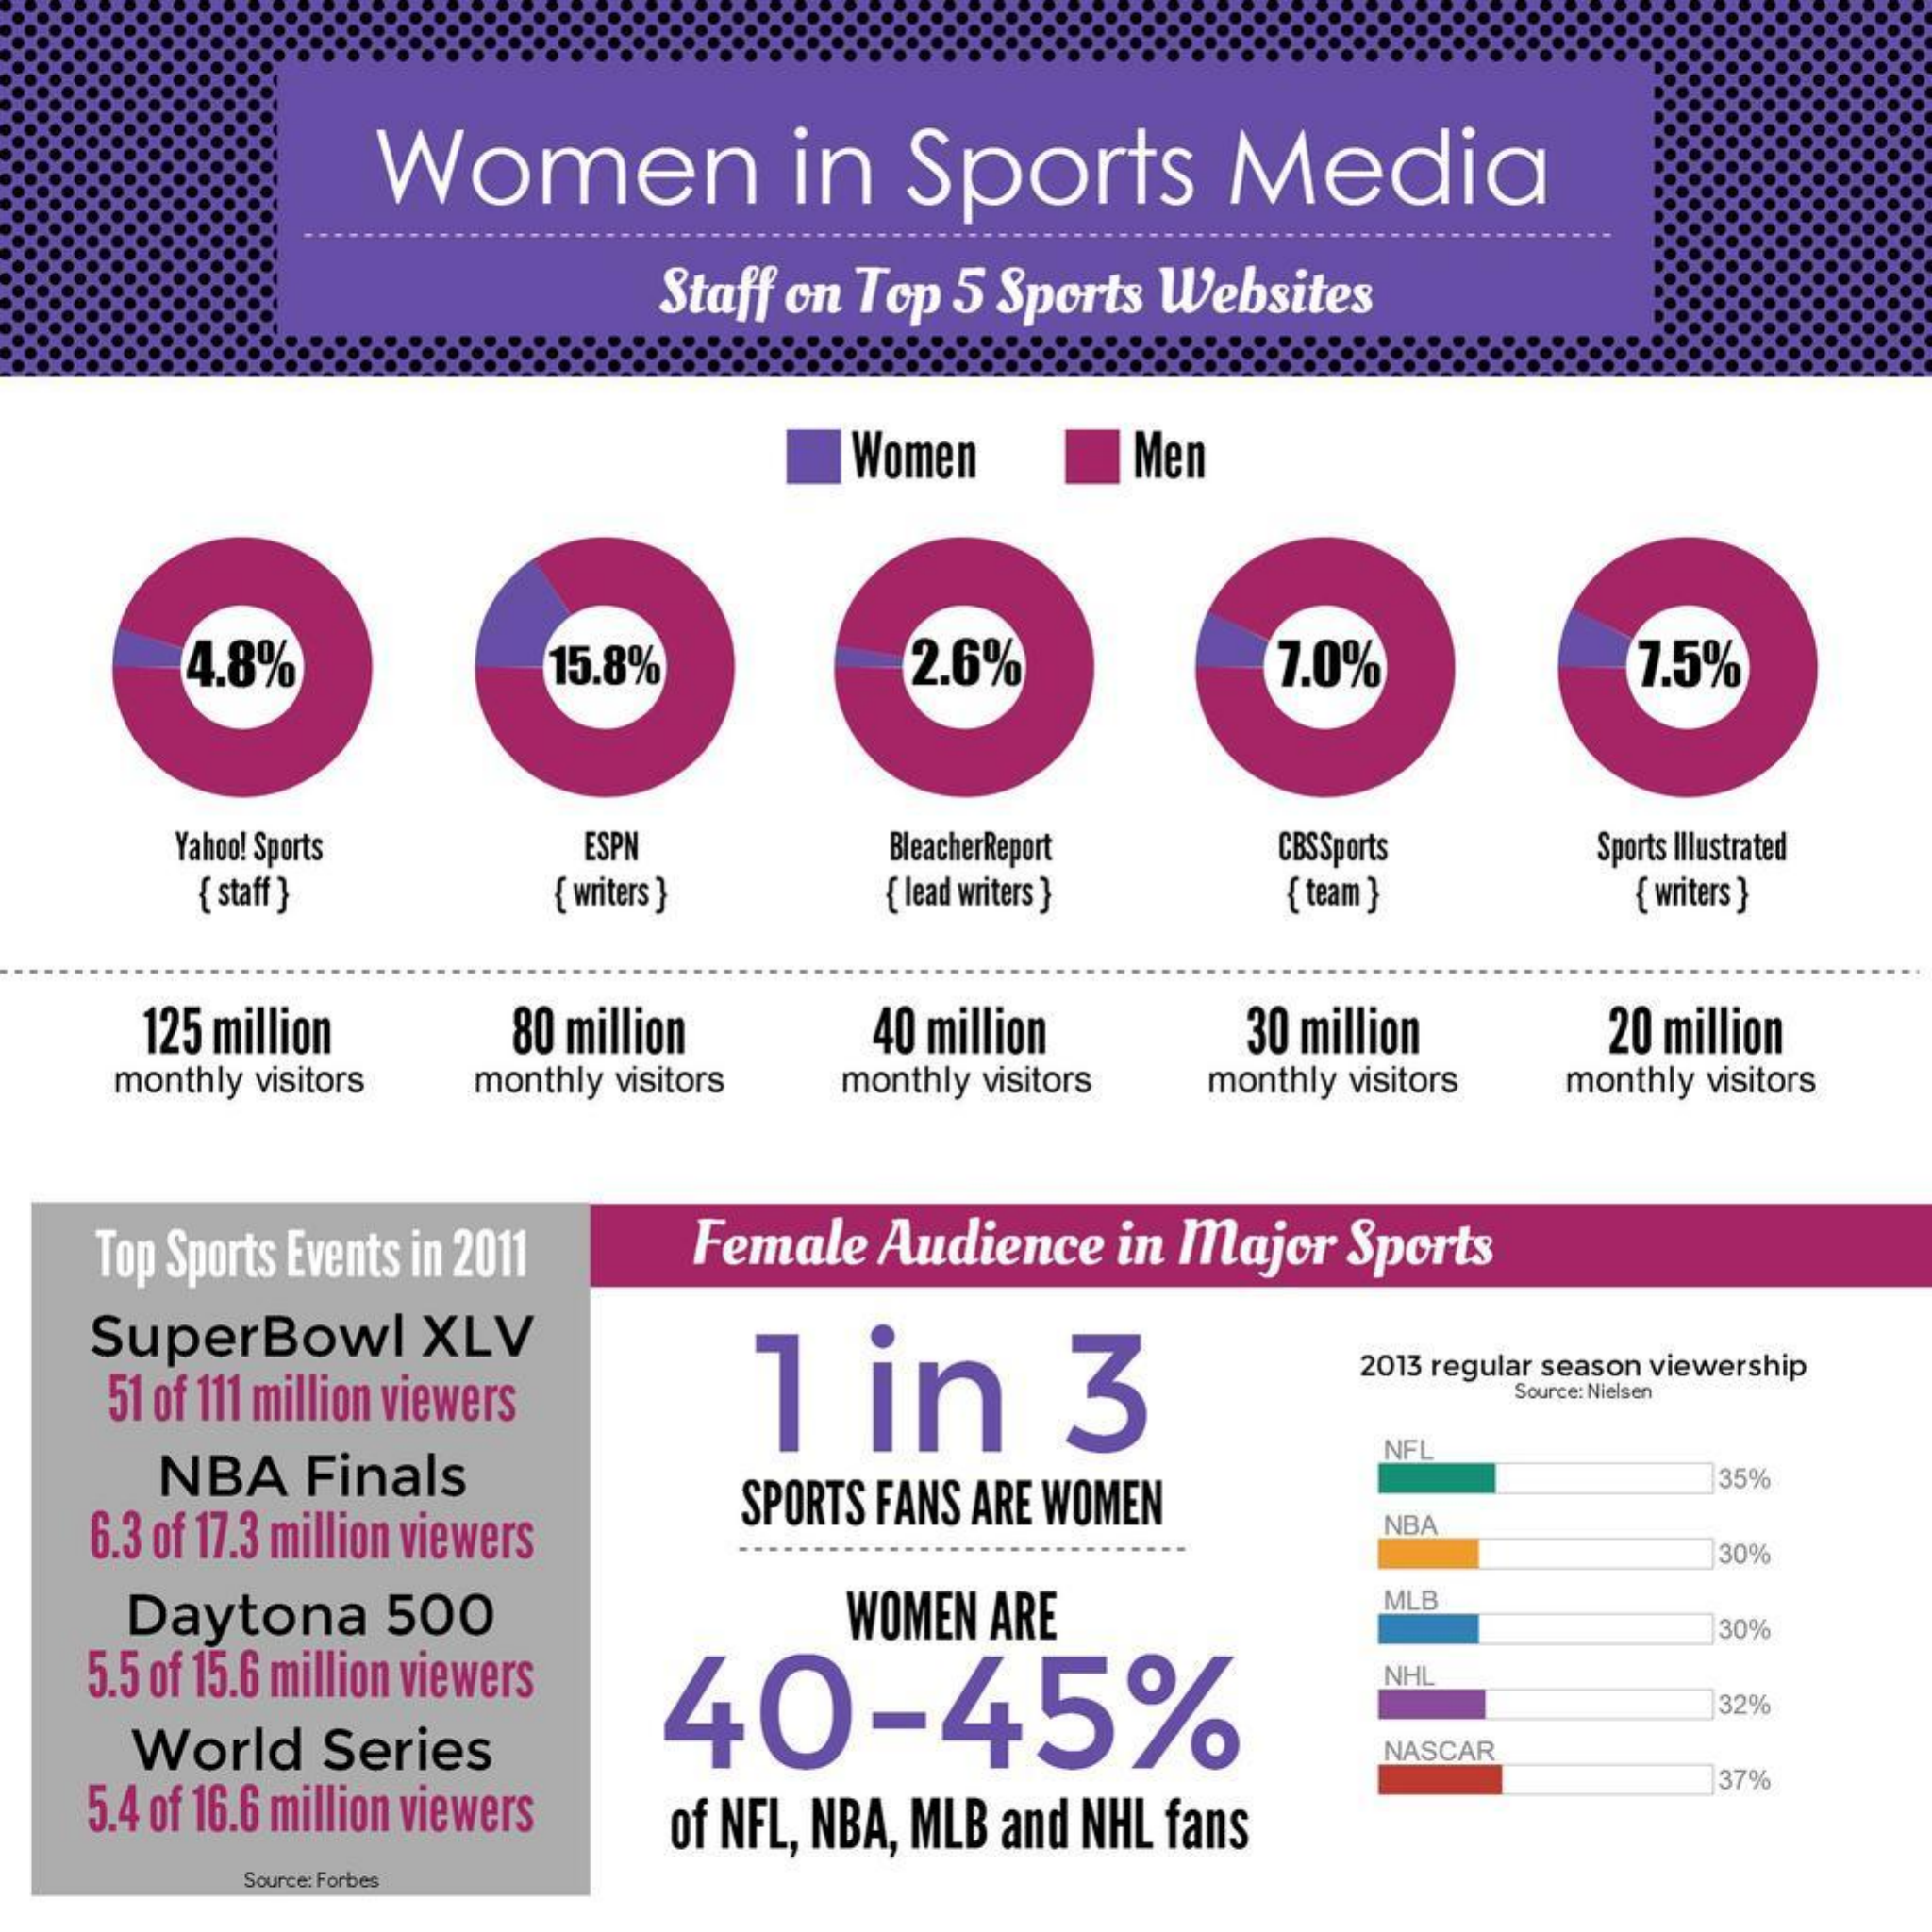
Women    in    Sports    Media
     Staff on Top 5 Sports Websites
     Women    Men
     4.8%    15.8%    2.6%    7.0%    7.5%
     Yahoo! Sports    ESPN    BleacherReport   CBSSports
     { staff }    { writers }   { lead writers }
     Sports Illustrated
     { team }    { writers ]
     125 million    80 million    40 million    30 million    20 million
     monthly visitors monthly visitors monthly visitors monthly visitors monthly visitors
    Top Sports Events in 2011  Female  Audience  in Major  Sports
    SuperBowl    XLV
     51 of 111 million viewers    1  in    3
     2013 regular season viewership
     Source: Nielsen
     NBA   Finals
     NFL
    6.3 of 17.3 million viewers
     SPORTS FANS ARE WOMEN
     35%
     NBA
     30%
     Daytona    500
     MLB
     30%
    5.5 of 15.6 million viewers
     WOMEN ARE
     40-45%
     NHL
     32%
     World   Series    NASCAR
    5.4 of 16.6 million viewers of NFL, NBA, MLB and NHL fans
     37%
     Source: Forbes